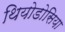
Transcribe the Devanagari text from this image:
थियोडोसिया